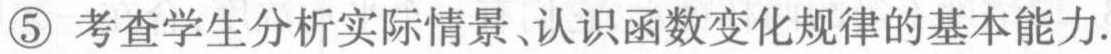
\textcircled{5} 考查学生分析实际情景、认识函数变化规律的基本能力.